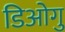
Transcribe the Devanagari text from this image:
डिओगु